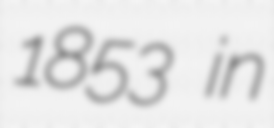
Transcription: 1853 in